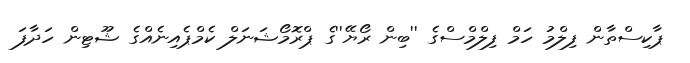
ޕާކިސްތާން ފިލްމު ހަމް ފިލްމްސްގެ ''ބިން ރޯޔޭ''ގެ ޕްރޮމޯޝަނަލް ކެމްޕެއިނެއްގެ ޝޫޓިން ހަދާފަ